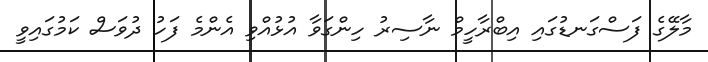
މާލޭގެ ފަސްގަނޑުގައި އިބްރާހީމް ނާސިރު ހިންގަވާ އުޅުއްވި އެންމެ ފަހު ދުވަސް ކަމުގައިވީ